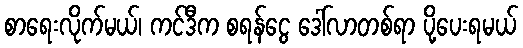
စာရေးလိုက်မယ်၊ ကင်ဒီက စရန်ငွေ ဒေါ်လာတစ်ရာ ပို့ပေးရမယ်